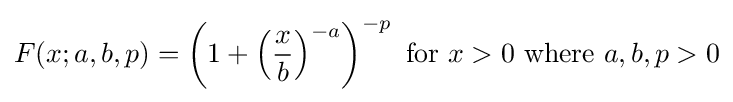
F(x;a,b,p)=\left(1+\left({\frac {x}{b}}\right)^{-a}\right)^{-p}{\text{ for }}x>0{\text{ where }}a,b,p>0